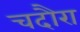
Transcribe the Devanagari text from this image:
चदौरा